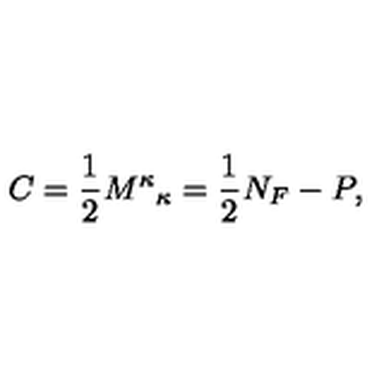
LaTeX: C = \frac { 1 } { 2 } { M ^ { \kappa } } _ { \kappa } = \frac { 1 } { 2 } N _ { F } - P ,